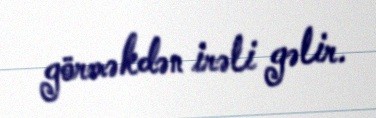
görməkdən irəli gəlir.